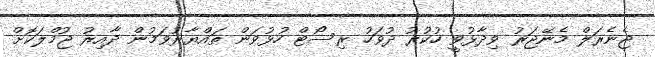
ޖެނެރަލް މެނޭޖަރު ވިދާޅުވީ ހުކުރު ދުވަހު ރިސޯޓް ހުޅުވަން ތައްޔާރުވަމުން ދާއިރު ޖުމްލަކޮށް